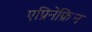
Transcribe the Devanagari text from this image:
एप्रिनेफ्रिन